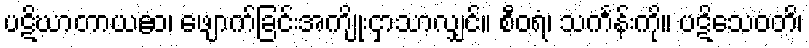
ပဋိဃာတာယဧဝ၊ ဖျောက်ခြင်းအကျိုးငှာသာလျှင်။ စီဝရံ၊ သင်္ကန်းကို။ ပဋိသေဝတိ၊